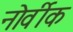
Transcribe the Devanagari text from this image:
नोर्वीक